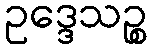
ဥဒ္ဒေသဉ္စ